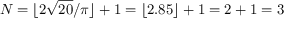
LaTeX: N = \lfloor 2 { \sqrt { 2 0 } } / \pi \rfloor + 1 = \lfloor 2 . 8 5 \rfloor + 1 = 2 + 1 = 3